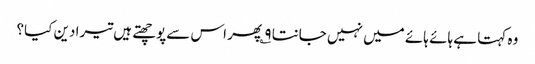
وہ کہتا ہے ہائے ہائے میں نہیں جانتا ۹؎ پھر اس سےپوچھتے ہیں تیرا دین کیا؟